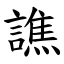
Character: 譙